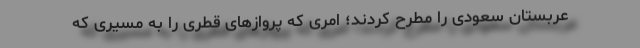
عربستان سعودی را مطرح کردند؛ امری که پروازهای قطری را به مسیری که